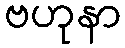
ဗဟုနာ